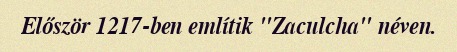
Először 1217-ben említik "Zaculcha" néven.